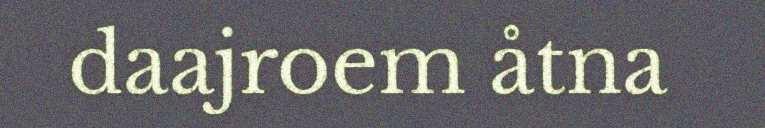
daajroem åtna